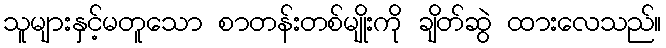
သူများနှင့်မတူသော စာတန်းတစ်မျိုးကို ချိတ်ဆွဲ ထားလေသည်။